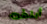
أبلغت